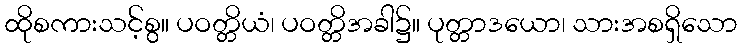
ထိုစကားသင့်စွ။ ပဝတ္တိယံ၊ ပဝတ္တိအခါ၌။ ပုတ္တာဒယော၊ သားအစရှိသော